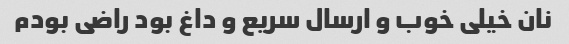
نان خیلی خوب و ارسال سریع و داغ بود راضی بودم